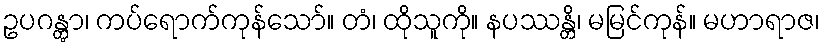
ဥပဂန္တွာ၊ ကပ်ရောက်ကုန်သော်။ တံ၊ ထိုသူကို။ နပဿန္တိ၊ မမြင်ကုန်။ မဟာရာဇ၊